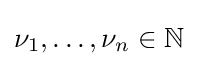
\nu _{1},\ldots ,\nu _{n}\in \mathbb {N}